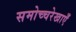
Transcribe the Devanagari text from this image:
समोच्चरेखाएँ